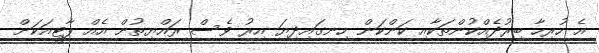
އެ ހުރިހާ ބިރުދެއްކުންތަކާއި ކަންކަން ހިނގައިދިޔަ އިރު ވެސް ރައްޔިތުން އެއް ޕާޓީއަކަށް